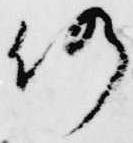
仍